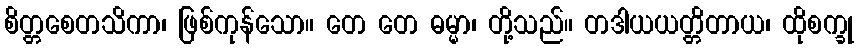
စိတ္တစေတသိကာ၊ ဖြစ်ကုန်သော။ တေ တေ ဓမ္မာ၊ တို့သည်။ တဒါယယတ္တိတာယ၊ ထိုစက္ခု